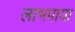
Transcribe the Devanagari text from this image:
लाभपाया